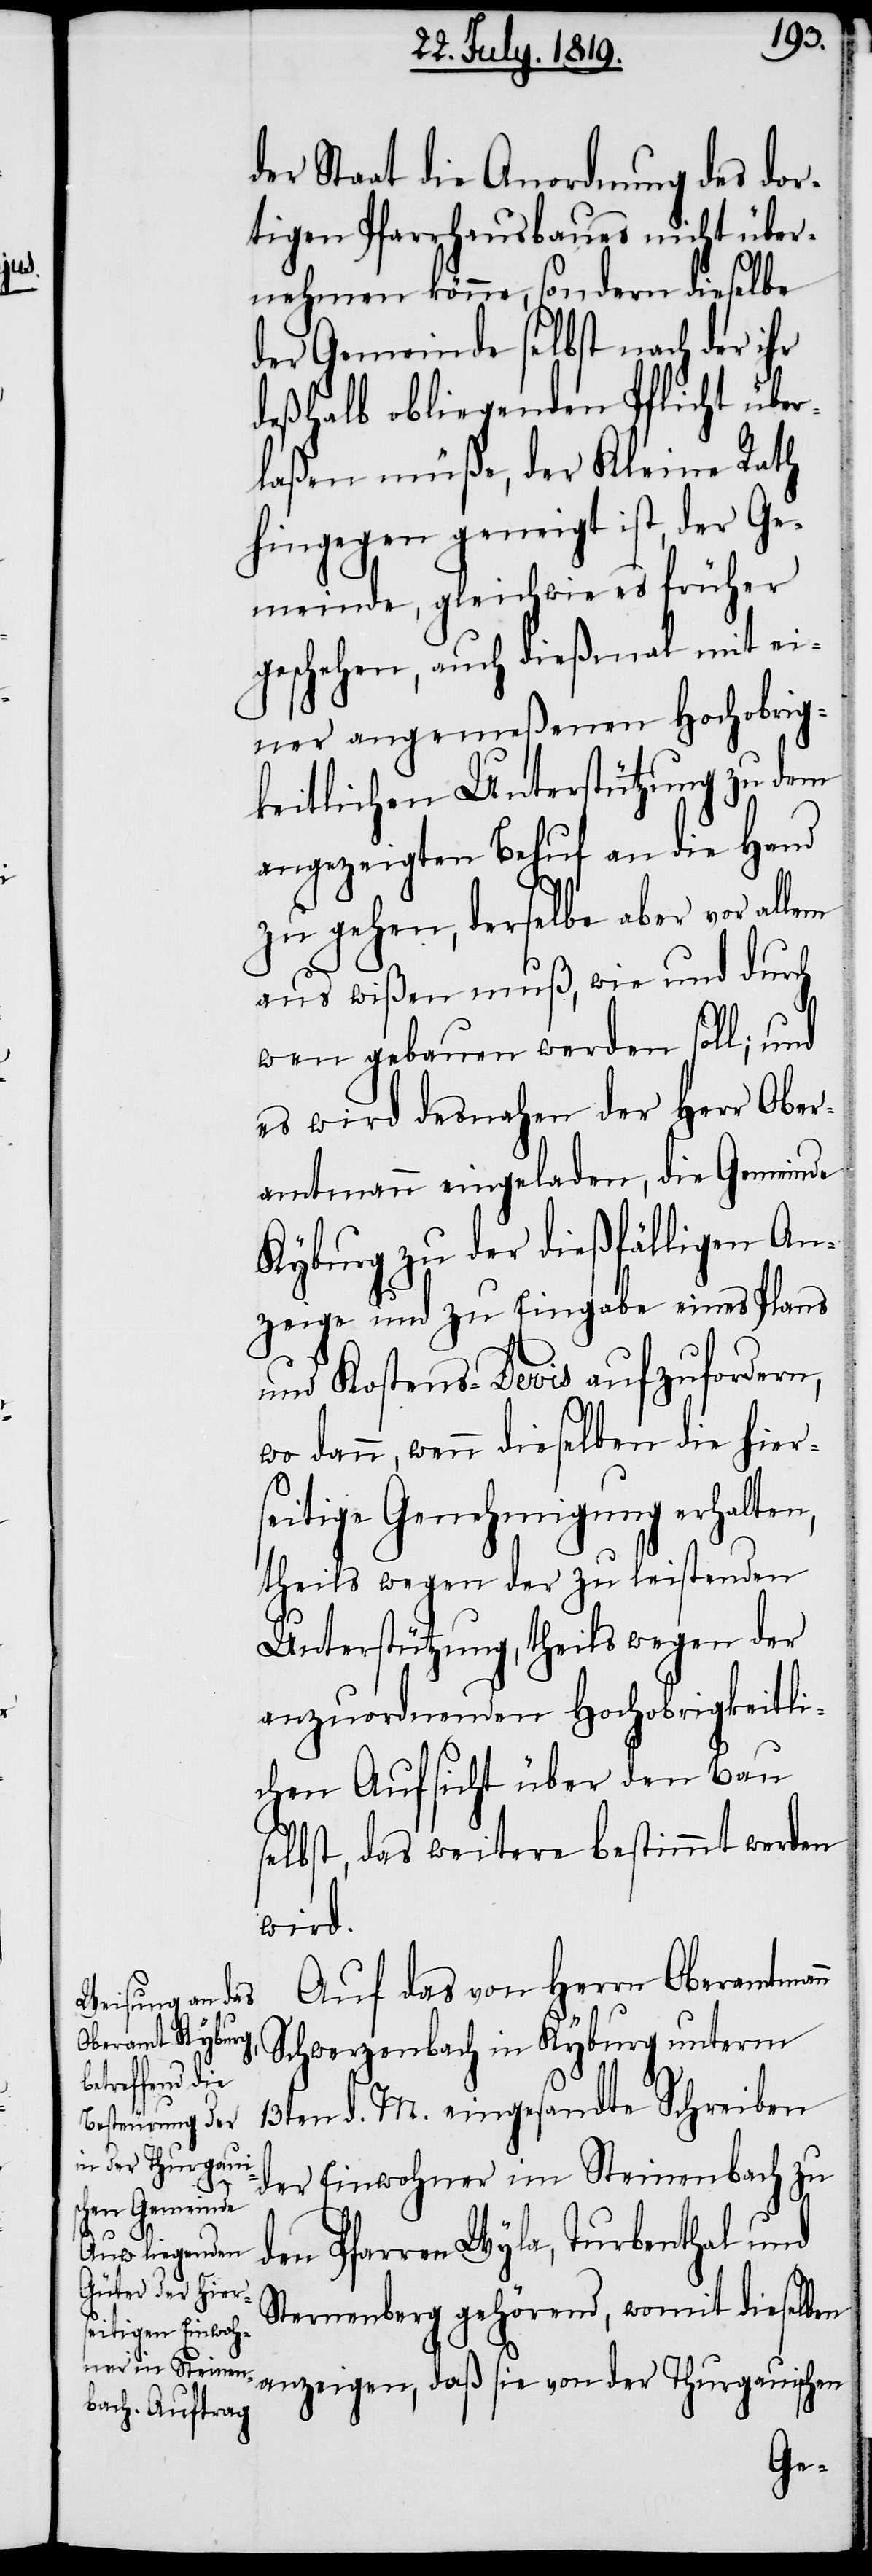
der Staat die Anordnung des dor¬
tigen Pfarrhausbaues nicht über¬
nehmen könne, sondern dieselbe
der Gemeinde selbst nach der ihr
deßhalb obliegenden Pflicht über¬
laßen müße, der Kleine Rath
hingegen geneigt ist, der Ge¬
meinde, gleichwie es früher
geschehen, auch dießmal mit ei¬
ner angemeßenen Hochobrig¬
keitlichen Unterstützung zu dem
angezeigten Behuf an die Hand
zu gehen, derselbe aber vor allem
aus wißen muß, wie und durch
wen gebauen werden soll; und
es wird desnahen der Herr Ober¬
amtmann eingeladen, die Gemeinde
Kyburg zu der dießfälligen An¬
zeige und zu Eingabe eines Plans
und Kostens-Devis aufzufordern,
wo dann, wenn dieselben die hier¬
seitige Genehmigung erhalten,
theils wegen der zu leistenden
Unterstüzung, theils wegen der
anzuordnenden Hochobrigkeitli¬
chen Aufsicht über den Bau
selbst, das weitere bestimmt werden
wird.
Auf das von Herrn Oberamtmann
Schwerzenbach in Kyburg unterm
13ten d. M. eingesandte Schreiben
der Einwohner im Steinenbach zu
den Pfarren Wyla, Turbenthal und
Sternenberg gehörend, womit dieselben
anzeigen, daß sie von der Thurgauischen